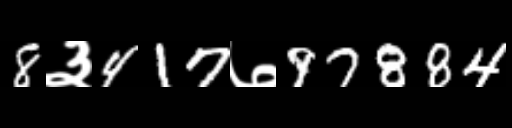
Text: 8३417७97884